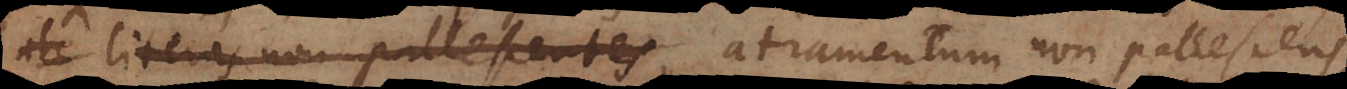
atr literas non pallescentes, atramentum non pallescens,